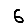
Digit: 6